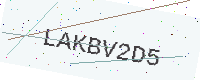
Text: LAKBV2D5